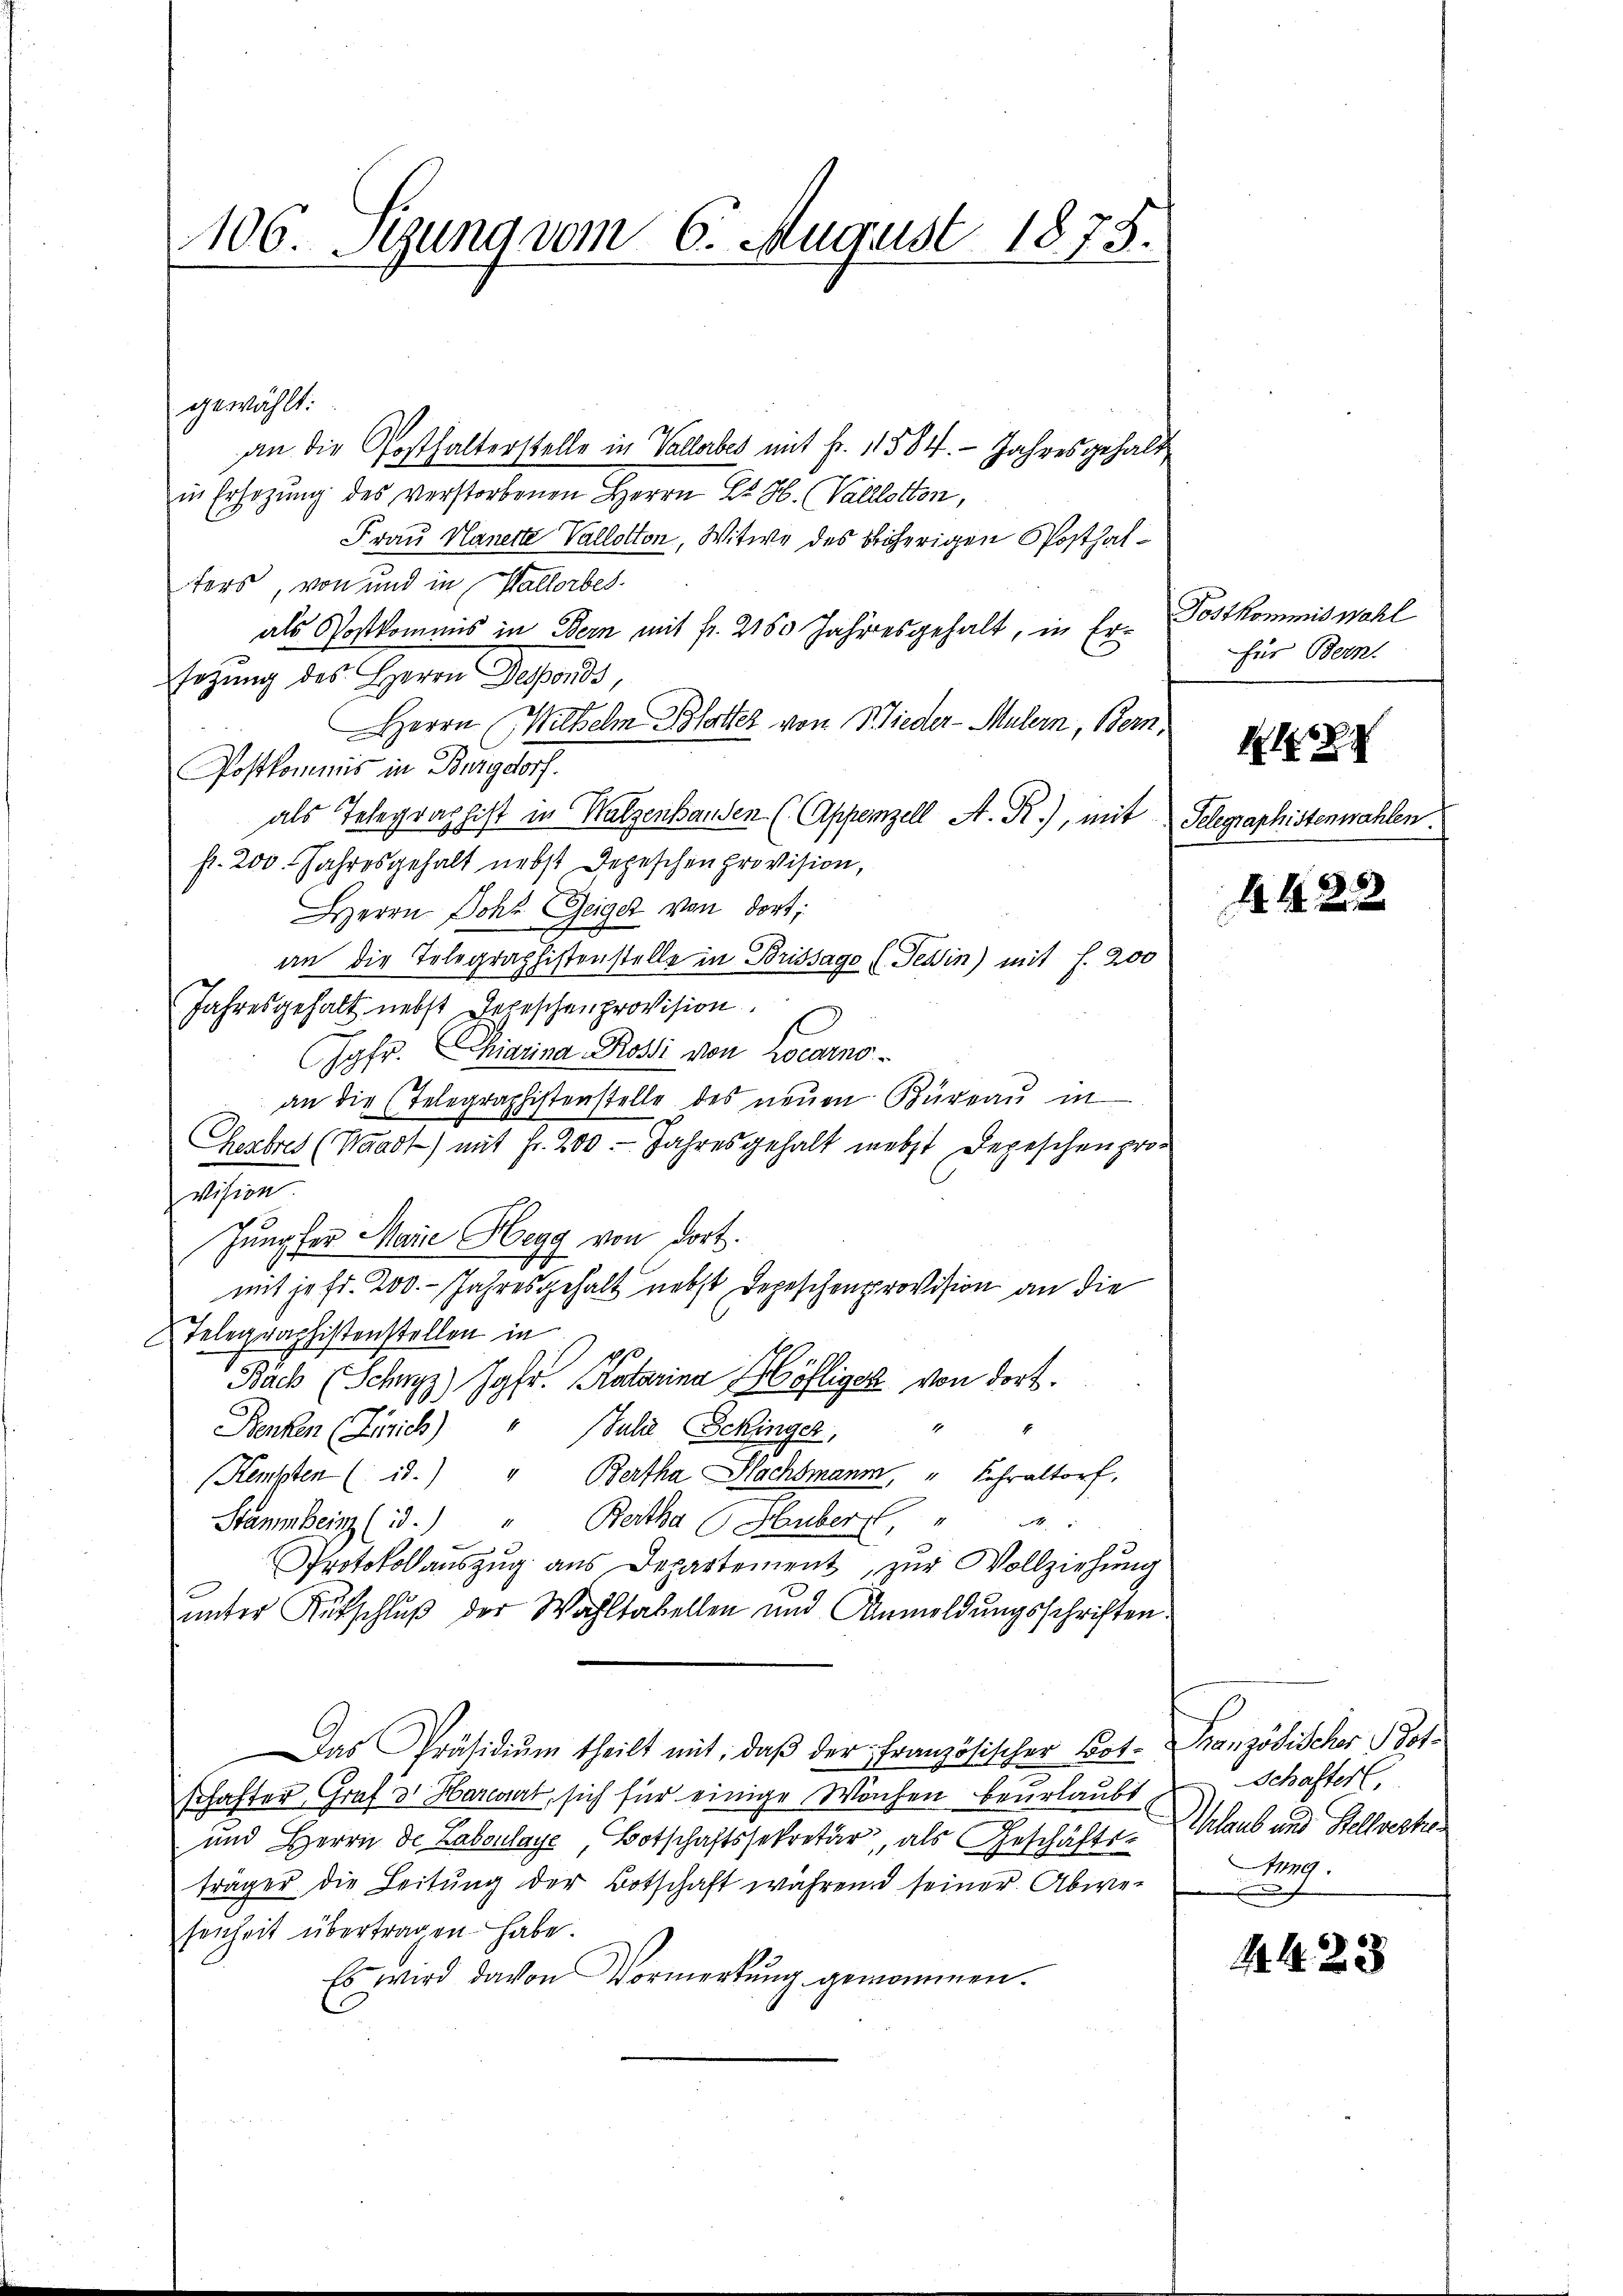
106. Segung vom 6. August 1875.
e

gewählt:
an die Posthalterstelle in Vallerbes mit Fr. 11884.- Jahresgehalt
in Ersezung des verstorbenen Herrn E. H. (Vallotton,
Frau Nauerte Vallotton, Witwe des bisherigen Posthalters, von und in Vallorbes
als Postkommis in Bern mit fr. 250 Jahresgehalt, in Er- Postkommiswahl
setzung des Herrn Desponds
Herrn Wilhelm Blatter von Wieder-Mulern, Bern
Postkommis in Burgdorf.
als Telegraphist in Walzenhanden (Appenzell A. R.), mit Telegraphistenwahlen.
fr. 200. Jahresgehalt nebst Depeschen provision,
Herrn Dohl Zeiger von dort;
an die Telegraphistenstelle in Brissago (. Tessin) mit s. 200
Jahresgehalt nebst Hageschenprovision
Jgfr. Chiarina Rossi von Locarno
an die (Telegraphistenstelle des neŭen Büreaŭ in
Gezbres (Waadt) mit Fr. 200. Jahresgehalt nebst Depeschenpro-
vision.
Jungfer Marie Hera von dort.
d
mit je fr. 200. - Jahresgehalt nebst Depeschenprovision an die
Telegraphistenstellen in
Bäch (Schwyz) Jgfr. Katarina Höfliger von dort.
7
4
Benken (Zürich) " (Juli Schinger,
Kempten (i.) " Bertha Flachsmann, " Fehraltorf,
Stammheim (i.) " Bertha Huber, "
Protokollauszug aus Departement, zur Vollziehung
unter Rutschluß der Wahltabellen und Anmeldungsschriften.
Das Präsidiŭm theilt mit, daβ der Französischer Bot. Französischer Botschafter Graf v. Harcart, sich für einige Wachen beurlaubt Schafter,
und Herrn de Labonlaye, Botschaftssekretär, als Geschäfts-Glaub und Stellvertes
träger die Leitung der Botschaft während seiner Abwe-
senheit übertragen habe.
Es wird davon Vormerkung genommen.

für Bern.

1

4428

g.

14423